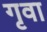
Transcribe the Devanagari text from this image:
गृवा